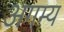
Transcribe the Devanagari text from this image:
अगम्‍य